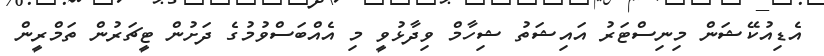
އެޑިއުކޭޝަން މިނިސްޓަރު އައިޝަތު ޝިހާމް ވިދާޅުވީ މި އެއްބަސްވުމުގެ ދަށުން ޓީޗަރުން ތަމްރީން